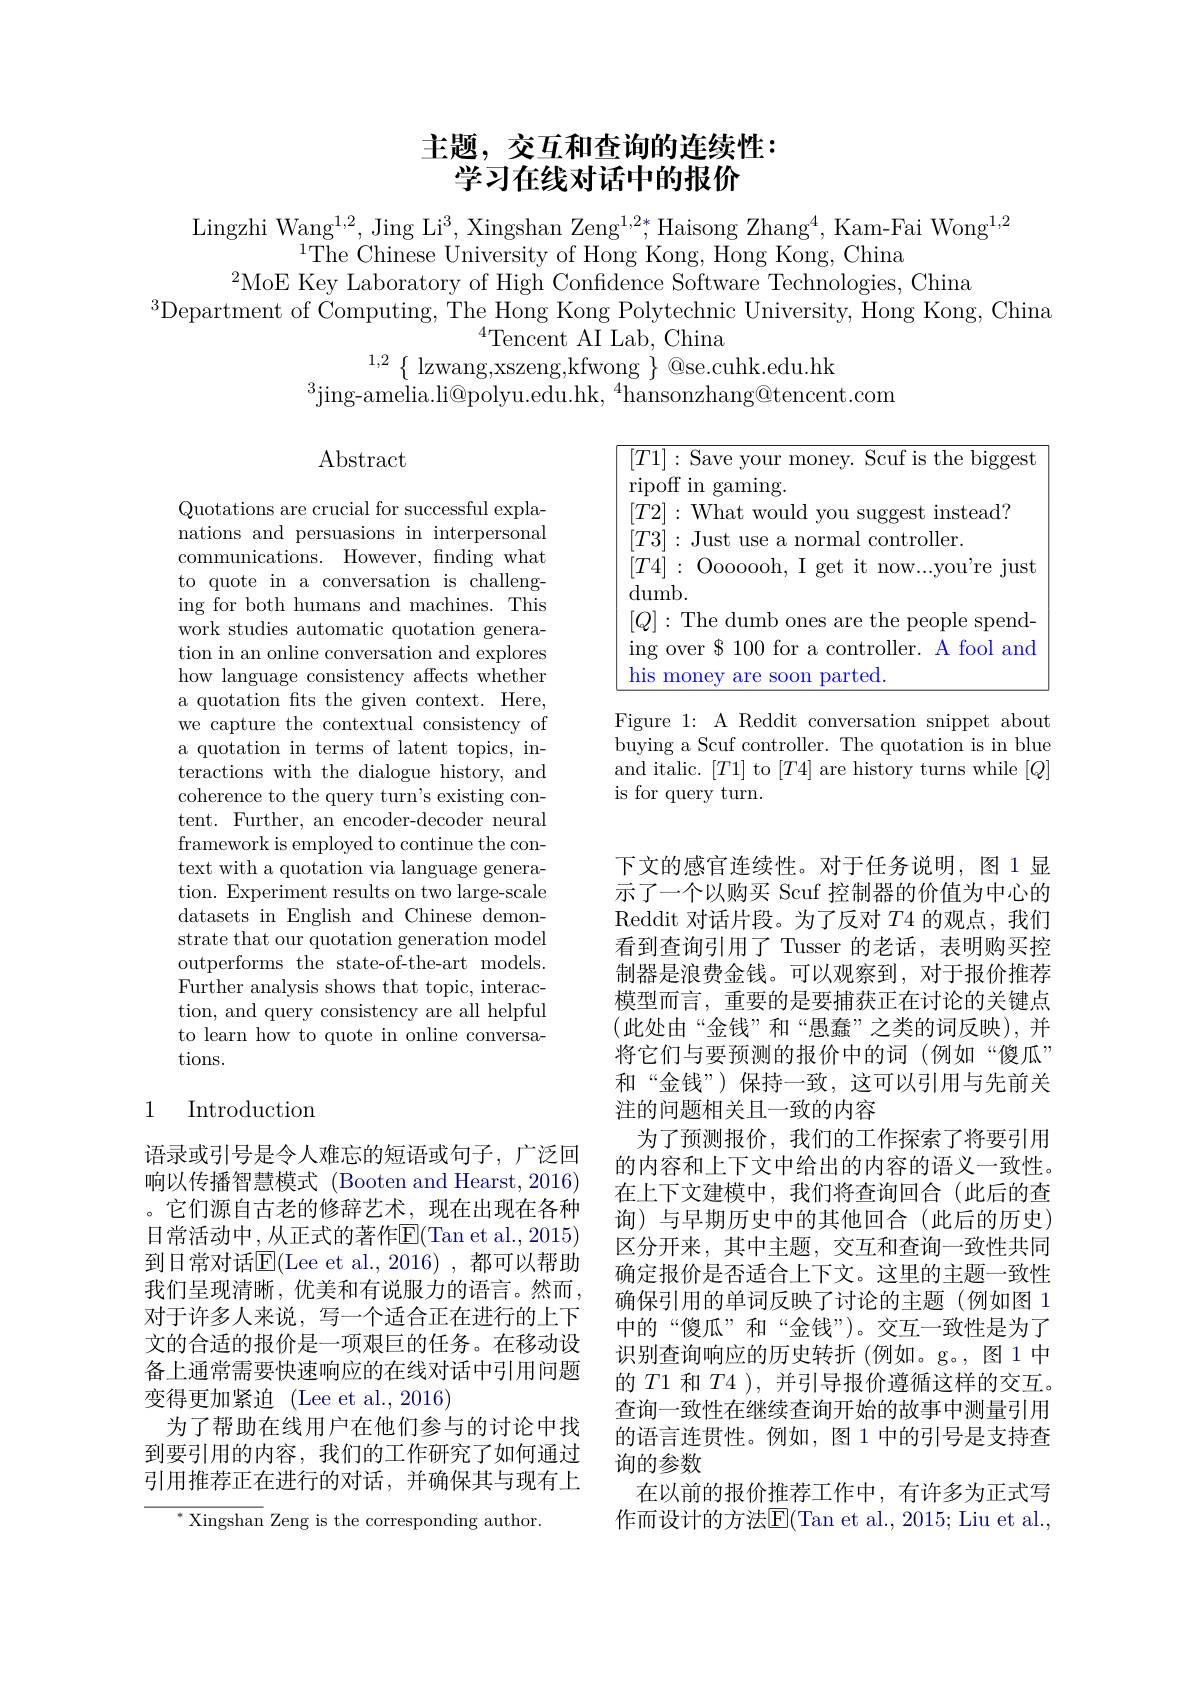
## 主题，交互和查询的连续性： 学习在线对话中的报价

Lingzhi Wang$^1,2$, Jing Li$^3$, Xingshan Zeng$^1,2*$,Haisong Zhang$^4$, Kam-Fai Wong$^1,2$
$^{1}$The Chinese University of Hong Kong, Hong Kong, China
$^{2}$MoE Key Laboratory of High Confidence Software Technologies, China
$^{3}$Department of Computing, The Hong Kong Polytechnic University, Hong Kong, China
$^{4}$Tencent AI Lab, China
$^{1,2}\left\{\mathrm{~lzwang,xszeng,kfwong~}\right\}$@se.cuhk.edu.hk
$^{3}$jing-amelia.li@polyu.edu.hk,$^{4}$hansonzhang@tencent.com

## $\operatorname{Abstract}$

<FigureHere>

Figure 1: A Reddit conversation snippet about buying a Scuf controller. The quotation is in blue and italic. [T1] to [T4] are history turns while [Q] is for query turn.

Quotations are crucial for successful explanations and persuasions in interpersonal communications. However, fnding what to quote in a conversation is challenging for both humans and machines. This work studies automatic quotation generation in an online conversation and explores how language consistency affects whether a quotation fts the given context. Here, we capture the contextual consistency of a quotation in terms of latent topics, interactions with the dialogue history, and coherence to the query turn's existing content. Further, an encoder-decoder neural framework is employed to continue the context with a quotation via language generation. Experiment results on two large-scale datasets in English and Chinese demonstrate that our quotation generation model outperforms the state-of-the-art models. Further analysis shows that topic, interaction, and query consistency are all helpful to learn how to quote in online conversations.

## 1 Introduction

下文的感官连续性。对于任务说明，图 1 显示了一个以购买 Scuf 控制器的价值为中心的Reddit 对话片段。为了反对$T$4 的观点，我们看到查询引用了 Tusser 的老话，表明购买控制器是浪费金钱。可以观察到，对于报价推荐模型而言，重要的是要捕获正在讨论的关键点(此处由“金钱”和“愚蠢”之类的词反映),并将它们与要预测的报价中的词(例如“傻瓜” 和“金钱”)保持一致，这可以引用与先前关注的问题相关且一致的内容
为了预测报价，我们的工作探索了将要引用的内容和上下文中给出的内容的语义一致性。在上下文建模中，我们将查询回合(此后的查询)与早期历史中的其他回合(此后的历史) 区分开来，其中主题，交互和查询一致性共同确定报价是否适合上下文。这里的主题一致性确保引用的单词反映了讨论的主题(例如图 1中的“傻瓜”和“金钱”)。交互一致性是为了识别查询响应的历史转折(例如。g。,图1中的$T1$和$T4$ ),并引导报价遵循这样的交互。查询一致性在继续查询开始的故事中测量引用的语言连贯性。例如，图 1 中的引号是支持查询的参数
在以前的报价推荐工作中，有许多为正式写作而设计的方法$\overline{\mathrm{E}}($Tan et al., 2015; Liu et al.,

语录或引号是令人难忘的短语或句子，广泛回响以传播智慧模式 (Booten and Hearst,2016) 。它们源自古老的修辞艺术，现在出现在各种日常活动中，从正式的著作E(Tan et al., 2015) 到日常对话$\overline{\mathrm{E}}($Lee et al.,2016),都可以帮助我们呈现清晰，优美和有说服力的语言。然而对于许多人来说，写一个适合正在进行的上下文的合适的报价是一项艰巨的任务。在移动设备上通常需要快速响应的在线对话中引用问题变得更加紧迫(Lee et al.,2016)
为了帮助在线用户在他们参与的讨论中找到要引用的内容，我们的工作研究了如何通过引用推荐正在进行的对话，并确保其与现有上

${^{*}\text{Xingshan}}$ Zeng is the corresponding author.